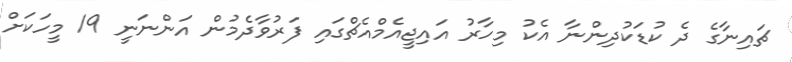
ޗައިނާގެ ދެ ކުޑަކުދިންނާ އެކު މިހާރު އައިޖީއެމްއެޗްގައި ފަރުވާދެމުން އަންނަނީ 19 މީހަކަށް